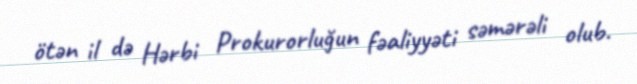
ötən il də Hərbi Prokurorluğun fəaliyyəti səmərəli olub.